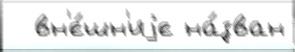
  вн'е́шн'иjе на́зван